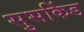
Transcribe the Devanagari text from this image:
सुसकिंड